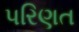
પરિણત